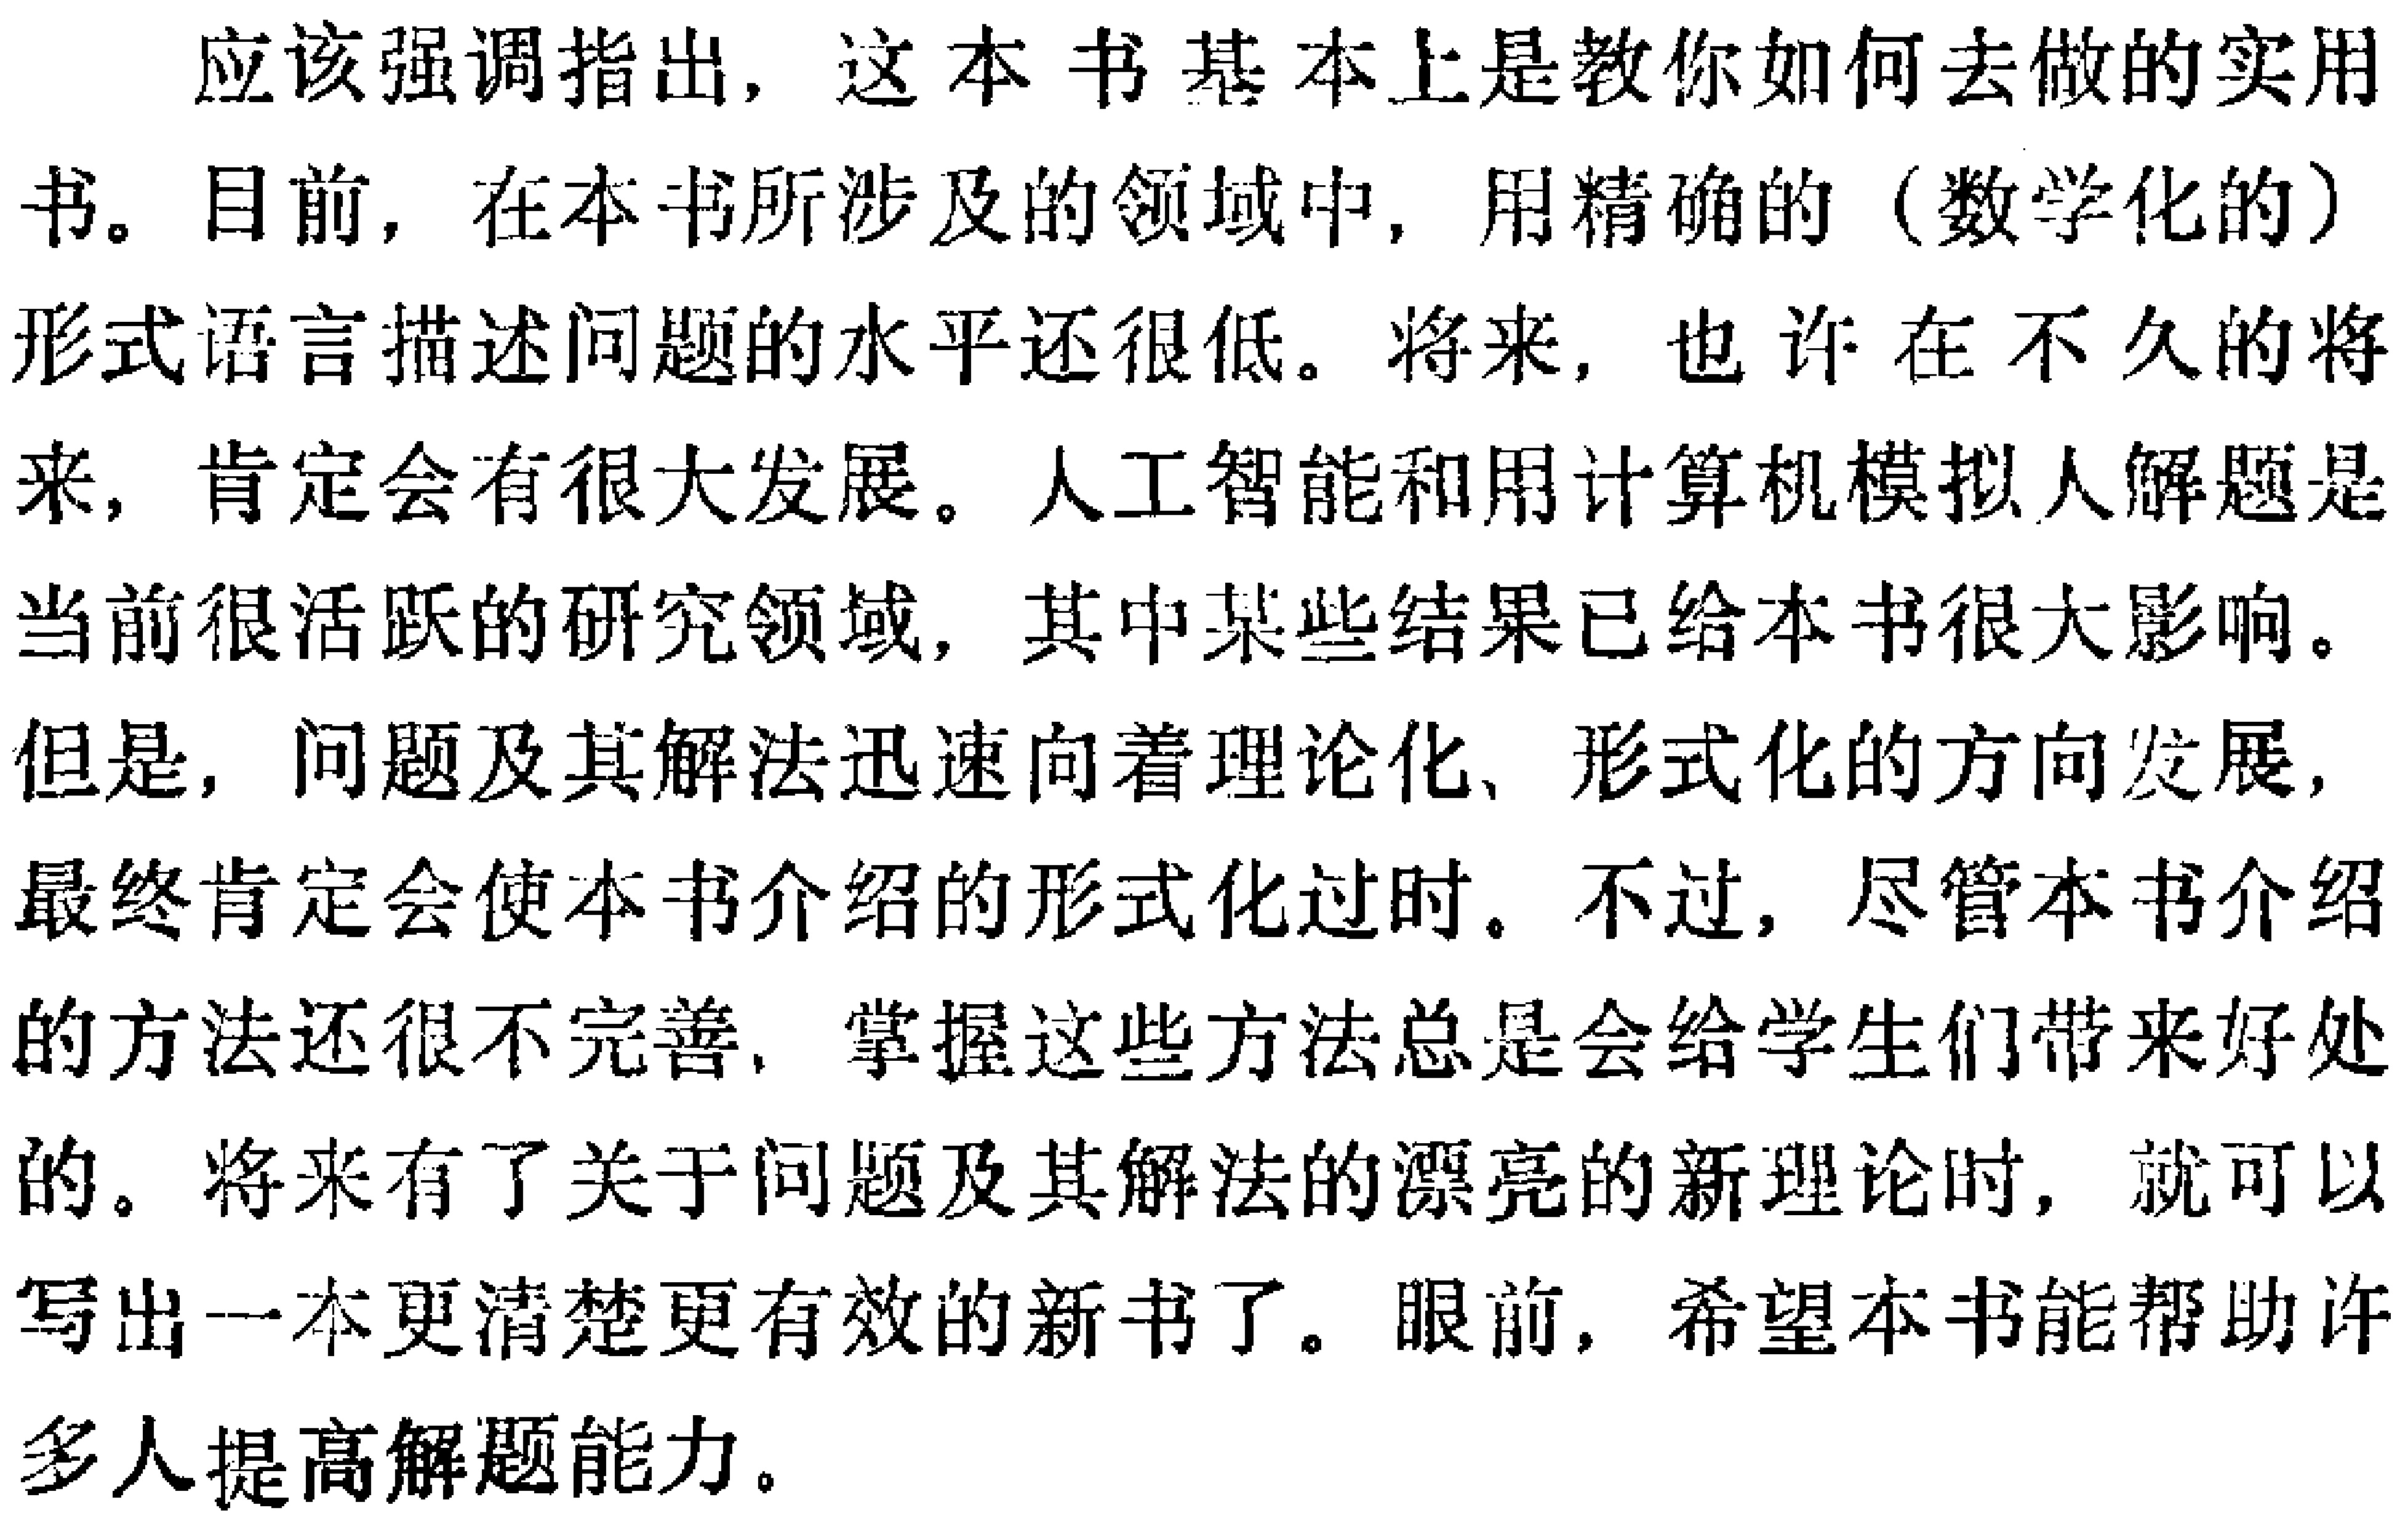
应该强调指出，这本书基本上是教你如何去做的实用书。目前，在本书所涉及的领域中，用精确的（数学化的）形式语言描述问题的水平还很低。将来，也许在不久的将来，肯定会有很大发展。人工智能和用计算机模拟人解题是当前很活跃的研究领域，其中某些结果已给本书很大影响。但是，问题及其解法迅速向着理论化、形式化的方向发展，最终肯定会使本书介绍的形式化过时。不过，尽管本书介绍的方法还很不完善，掌握这些方法总是会给学生们带来好处的。将来有了关于问题及其解法的漂亮的新理论时，就可以写出一本更清楚更有效的新书了。眼前，希望本书能帮助许多人提高解题能力。